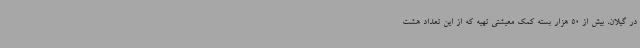
در گیلان، بیش از 50 هزار بسته کمک معیشتی تهیه که از این تعداد هشت